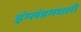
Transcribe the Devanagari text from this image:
इंग्लंडमधली